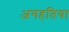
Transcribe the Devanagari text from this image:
अगहतिया